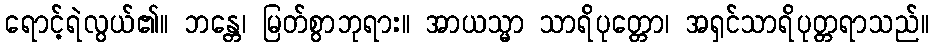
ရောင့်ရဲလွယ်၏။ ဘန္တေ၊ မြတ်စွာဘုရား။ အာယသ္မာ သာရိပုတ္တော၊ အရှင်သာရိပုတ္တရာသည်။